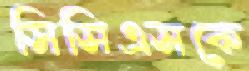
সিসিএসকে